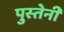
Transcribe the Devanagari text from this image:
पुस्‍तेनी